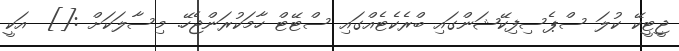
ޖީޓީކޭ ކުލަ ސްޕެސިފިކޭޝަންގައި ބްރެކެޓެއްގައި ސްޓޭޓް ހާމަކުރަންޖެހޭ. މިސާލަކަށް :[]  އަކީ